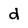
Character: d